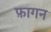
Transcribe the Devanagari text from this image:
फ़ागन